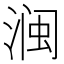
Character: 𱧜